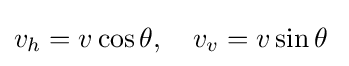
v_{h}=v\cos \theta ,\quad v_{v}=v\sin \theta \;